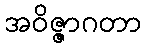
အဝိဇ္ဇာဂတာ